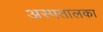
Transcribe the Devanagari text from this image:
अस्पतालका